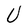
Character: U